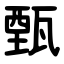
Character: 甄